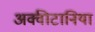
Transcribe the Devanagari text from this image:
अक्वीटानिया